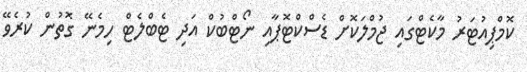
ކޮމްޕިއުޓަރު މާކެޓްގައި ޖުމްލަކޮށް ޑެސްކްޓޮޕާއި ނޯޓްބުކް އަދި ޓެބްލެޓް ހިމެނޭ ގޮތުން ކުރެވޭ